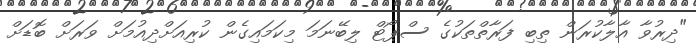
"ދިރުވާ އާލާކުރަން ތިބި ފަރާތްތަކުގެ ސްޕޯޓް ލިބޭނަމަ މިކަމައިގެން ކުރިއަށްދިއުމަށް ވަރަށް ބޮޑަށް